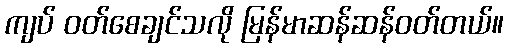
ကျပ် ဝတ်စေချင်သလို မြန်မာဆန်ဆန်ဝတ်တယ်။